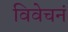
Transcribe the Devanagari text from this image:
विवेचनं